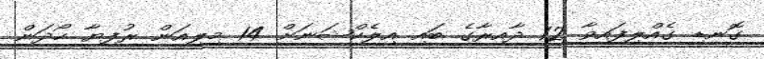
ގޮނޑި ގެއްލިފައިވާ 12 ދާއިރާގެ ބައި އިލެކްޝަނަށް 14 މިލިއަން ރުފިޔާ ހޯދަން